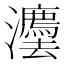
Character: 灋